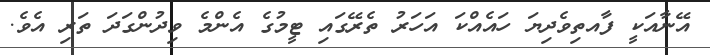
އޭނާއަކީ ފާއތިވެދިޔަ ހައެއްކަ އަހަރު ތެރޭގައި ޓީމުގެ އެންމެ ވިދުންގަދަ ތަރި އެވެ.